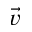
\vec { v }